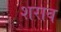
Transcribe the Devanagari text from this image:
शराव